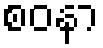
စဝနာ